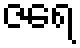
ဇရေ